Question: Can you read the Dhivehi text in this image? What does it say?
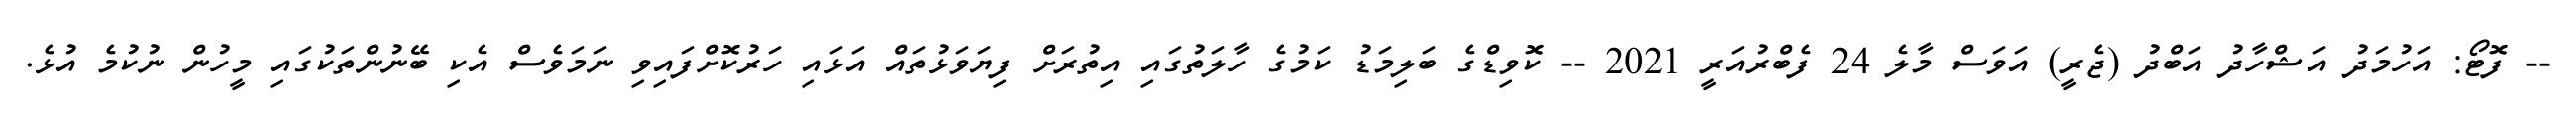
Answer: -- ފޮޓޯ: އަހުމަދު އަޝްހާދު އަބްދު (ޖެރީ) އަވަސް މާލެ 24 ފެބްރުއަރީ 2021 -- ކޮވިޑްގެ ބަލިމަޑު ކަމުގެ ހާލަތުގައި އިތުރަށް ފިޔަވަޅުތައް އަޅައި ހަރުކޮށްފައިވި ނަމަވެސް އެކި ބޭނުންތަކުގައި މީހުން ނުކުމެ އުޅެ.